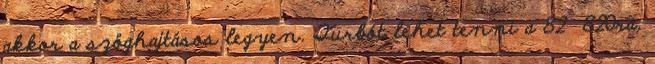
akkor a szöghajtásos legyen. Turbót lehet tenni a 82 820ra,